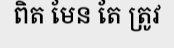
ពិត មែន តែ ត្រូវ